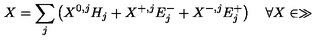
X = \sum _ { j } \left( X ^ { 0 , j } H _ { j } + X ^ { + , j } E _ { j } ^ { - } + X ^ { - , j } E _ { j } ^ { + } \right) \quad \forall X \in \gg